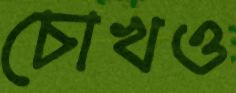
চোখও